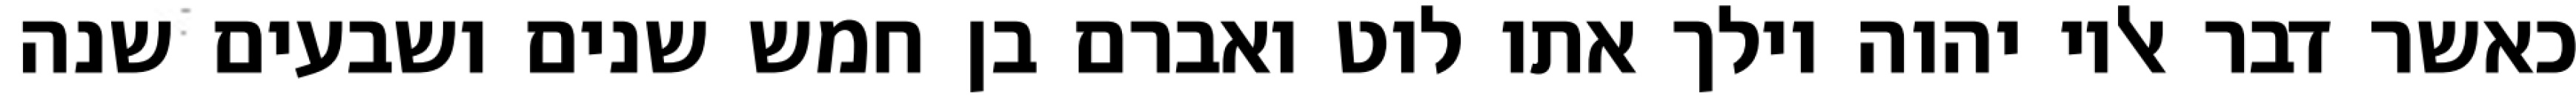
כאשר דבר אליו יהוה וילך אתו לוט ואברם בן חמש שנים ושבעים שנה